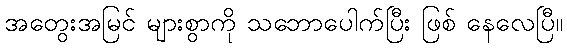
အတွေးအမြင် များစွာကို သဘောပေါက်ပြီး ဖြစ် နေလေပြီ။